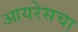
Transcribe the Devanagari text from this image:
आयरेसचा